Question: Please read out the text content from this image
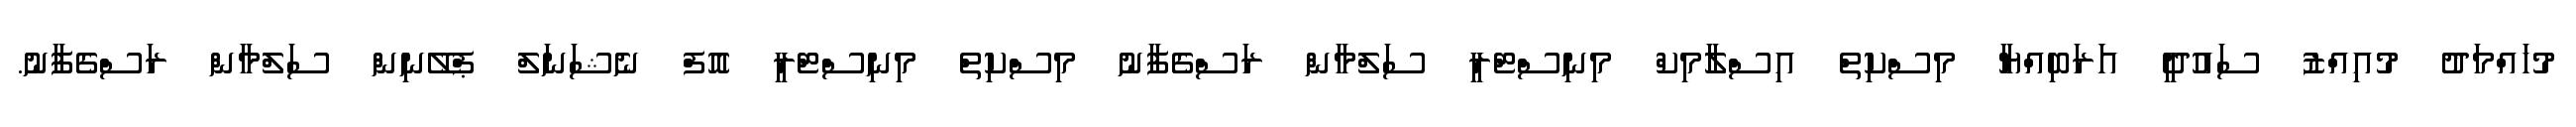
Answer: މުހައްމަދު މުއިއްޒު ސައުދީ އަަރަބިއްޔާ މިސްކިތް އިސްލާމިކް މިނިސްޓްރީ ސަލްމާން ރަސްގެފާނު މިސްކިތް މިނިސްޓްރީ އޮފް ނެޝަނަލް ޕްލޭނިން ސަލްމާން ރަސްގެފާނު.